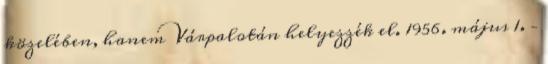
közelében, hanem Várpalotán helyezzék el. 1956. május 1. –